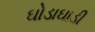
ઘોડાઘાડી